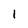
Character: 1